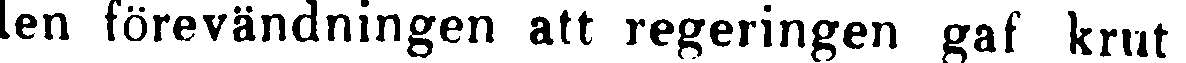
len förevändningen att regeringen gaf krut